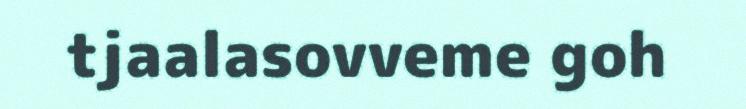
tjaalasovveme goh